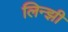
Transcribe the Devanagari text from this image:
लिन्झी